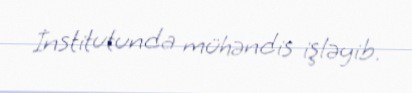
İnstitutunda mühəndis işləyib.